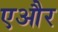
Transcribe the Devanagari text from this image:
एऔर